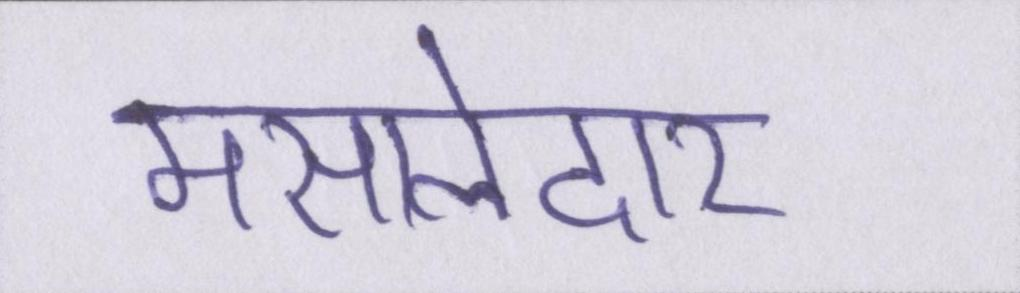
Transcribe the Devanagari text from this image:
मसालेदार